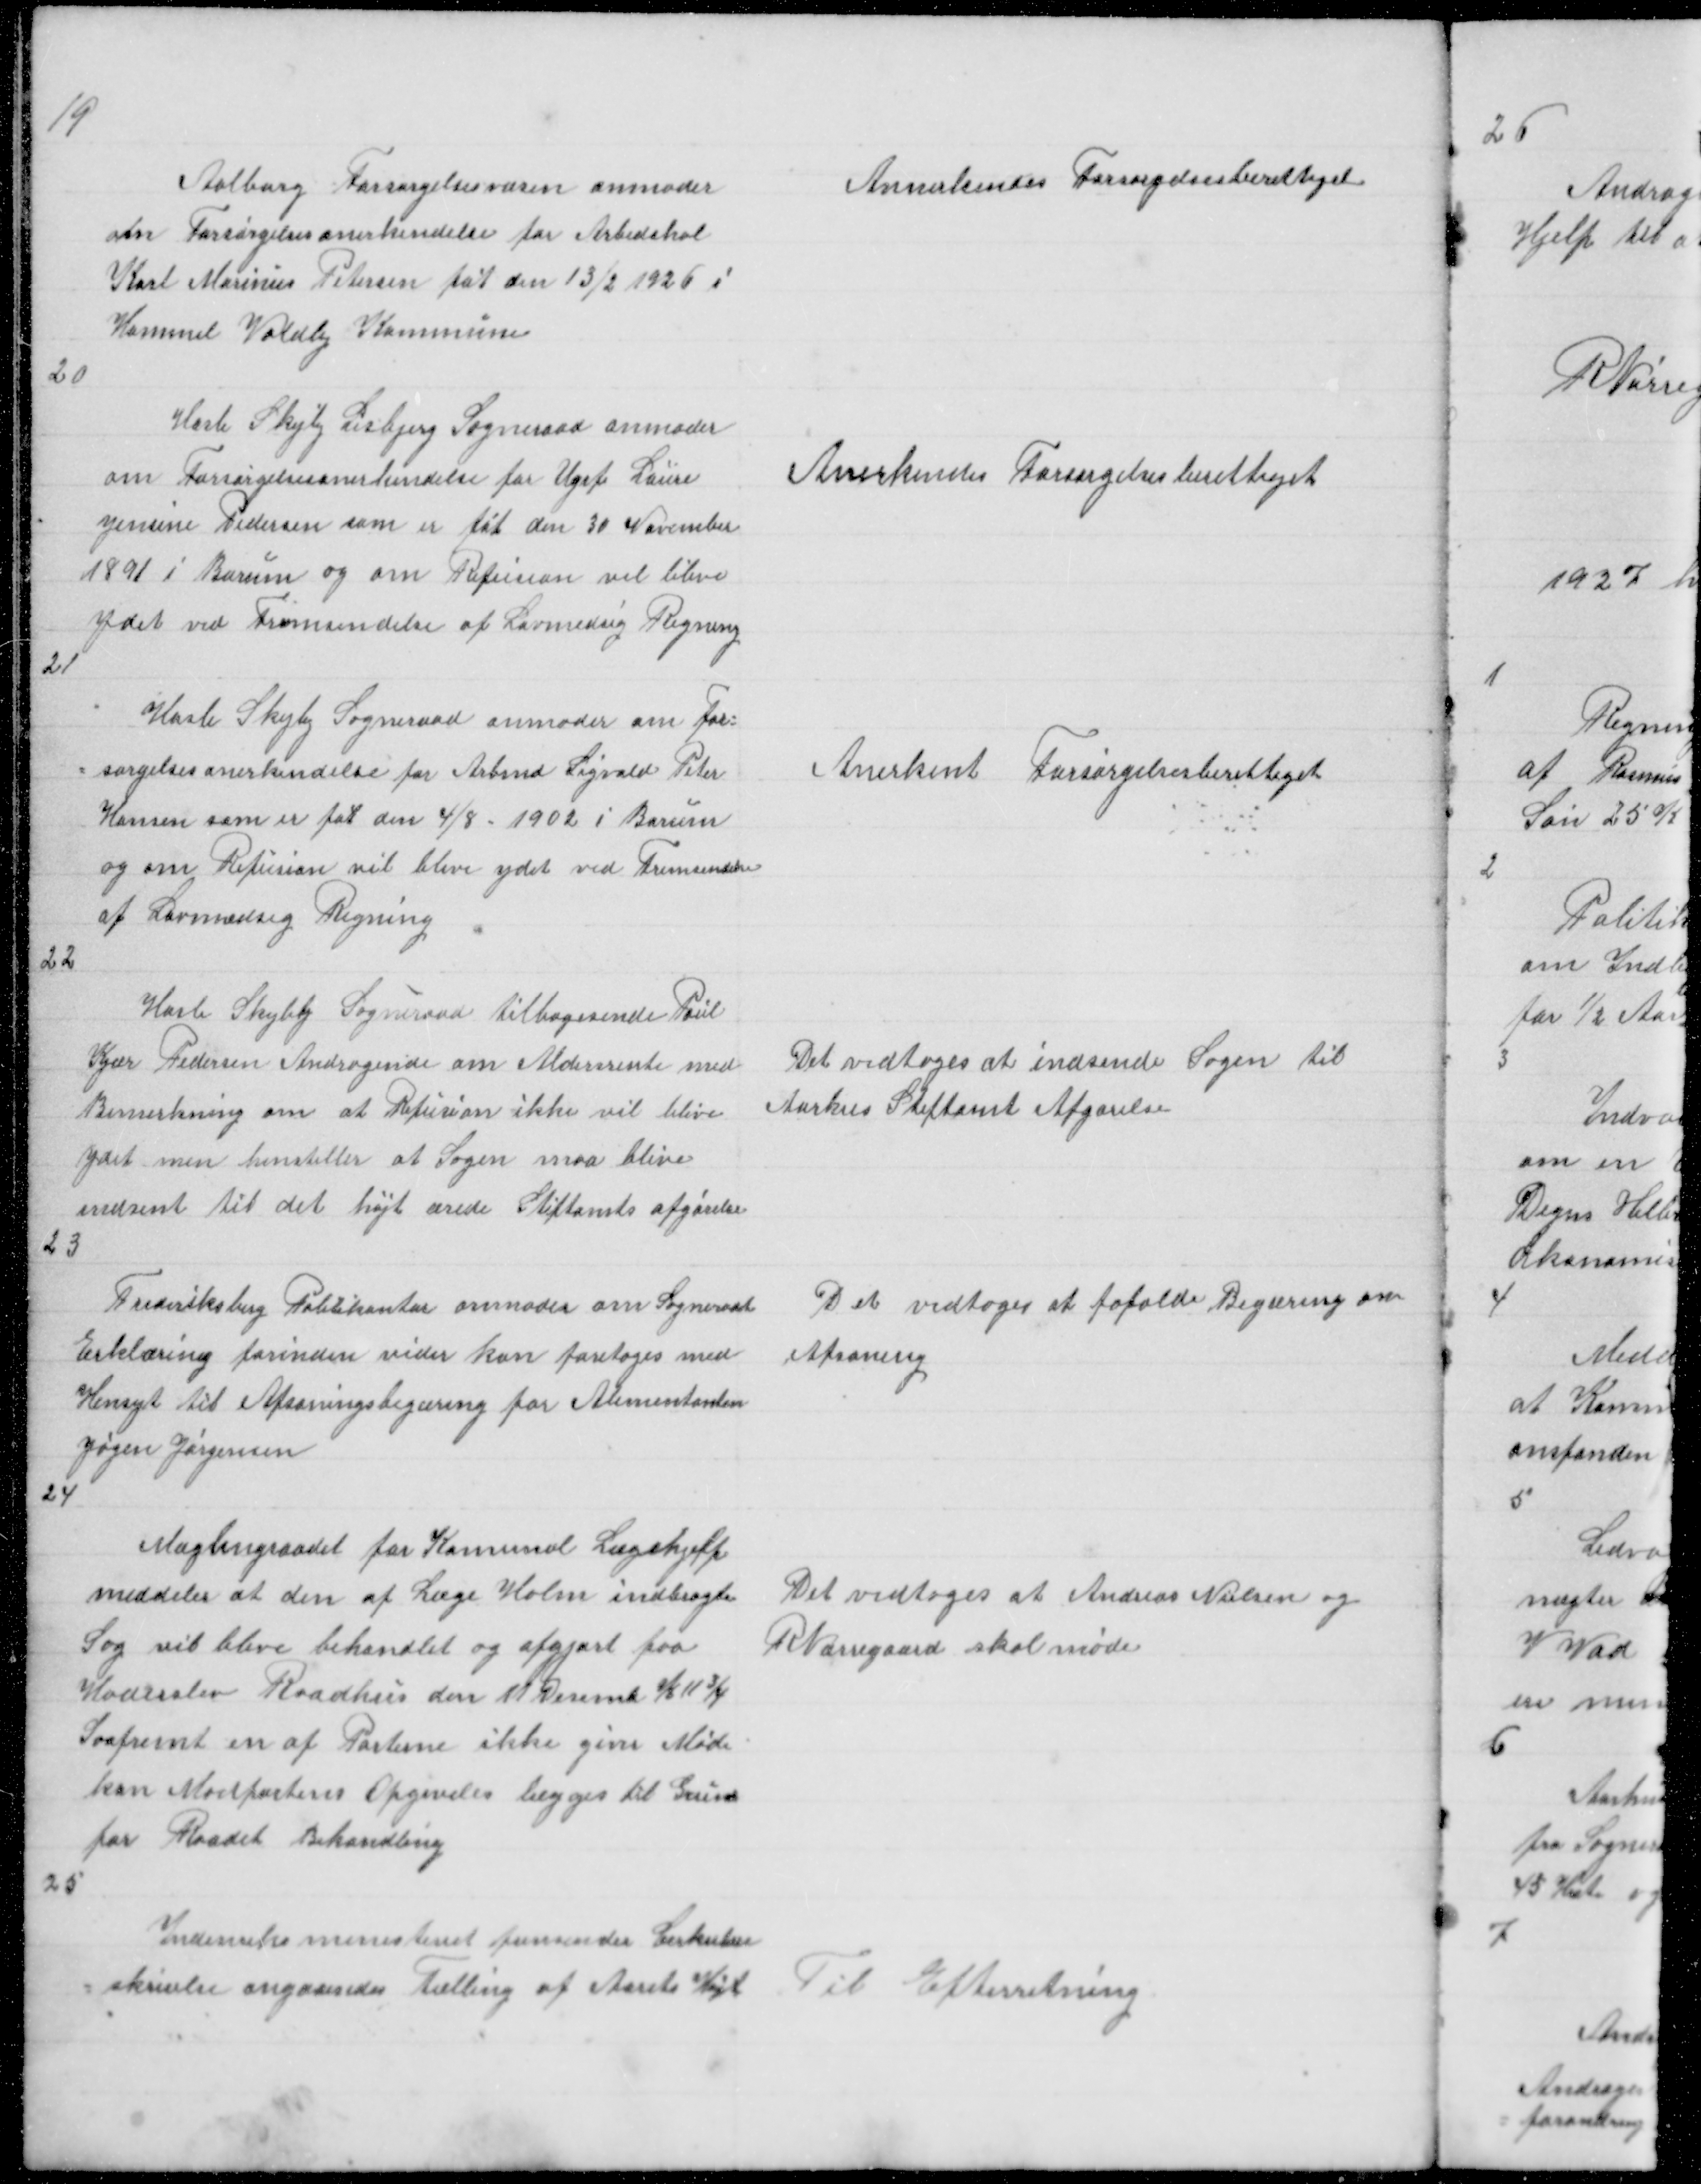
Transskription:
19

Aalborg Forsørgelsesvæsen anmoder
om Forsørgelsesanerkendelse for Arbedskal
Karl Marinus Petersen føt den 13/2 1926 i
Hammel Voldby Komune

Annerkendes Forsørgelsesberettiget

20

Hasle Skejby Lisbjerg Sogneraad anmoder
om Forsørgelsesanerkendelse for Ugif Laure
Jensine Pedersen som er føt den 30 November
1891 i Borum og om Refusion vil blive
Ydet ved Fremsendelse af Lovmedsig Regning
21

Anerkendes Forsørgelsesberettiget

Hasle Skejby Sogneraad anmoder om For =
= sørgelsesanerkendelse for Arbmd Sigvald Peter
Hansen som er føt den 4/8 - 1902 i Borum
og om Refusion vil blive ydet ved Fremsendelse
af Lovmædsig Regning
22

Anerkent Forsørgelsesberettiget

Hasle Skejby Sogneraad tilbagesende Poul
Kjær Pedersen Andragende om Aldersrente med
Bemerkning om at Refusion ikke vil blive
ydet men henstiller at Sagen maa blive
indsent til det højt ærede Sitftamts afgørelse
23

Det vedtoges at indsende Sgen til
Aarhus Stiftamt Afgørelse

Frederiksberg Politikontor anmoder om Sogneraad
Erklærning forinden vider kan foretages med
Hensyt til Afsoningsbegæring for Alimentanten
Jørgen Jørgensen
24

Det vedtoges at fafalde Begæring om
Afsoning

Mæglingraadet for Komunal Lægehjelp
meddeler at den af Læge Holm indbragte
Sag vil blive behandlet og afgjort fra
Haderslev Raadhus den 11 Desemb K 11 3/4
Saafremt en af Parterne ikke giver Møde
kan Modpartens Opgiveles lægges til Grund
for Raadet Behandling
25

Det vedtoges at Andreas Nielsen og
R Nørregaard skal møde

Indenriksministeriet fremsender Cirkulære
= skrivelse angaaendes Tælling af Aarets Høst

Til Efterretning